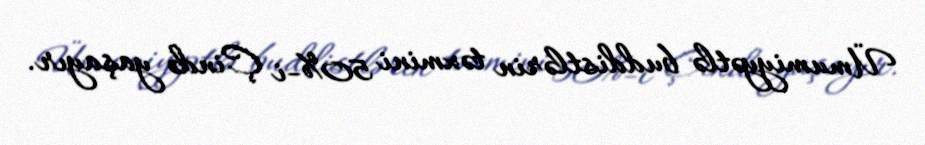
Ümumiyyətlə buddistlərin təxmini 50%-i Çində yaşayır.